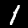
Digit: 1